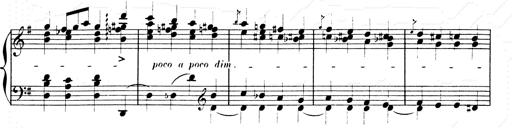
Title: Les SabÃ©ennes
Composer: Franz Liszt